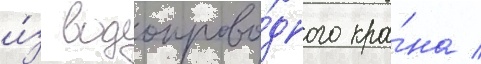
и́з водопрово́дного кра́на /